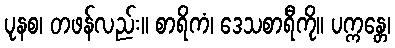
ပုနစ၊ တဖန်လည်း။ စာရိကံ၊ ဒေသစာရီကို။ ပက္ကန္တေ၊